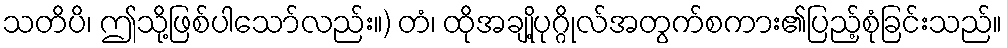
သတိပိ၊ ဤသို့ဖြစ်ပါသော်လည်း။) တံ၊ ထိုအချို့ပုဂ္ဂိုလ်အတွက်စကား၏ပြည့်စုံခြင်းသည်။